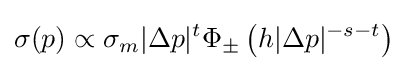
\sigma (p)\propto \sigma _{m}|\Delta p|^{t}\Phi _{\pm }\left(h|\Delta p|^{-s-t}\right)